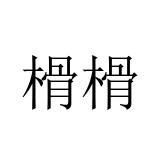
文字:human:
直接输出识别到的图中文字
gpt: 榾榾